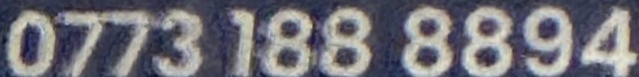
0773 188 8894